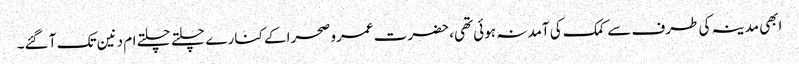
ابھی مدینہ کی طرف سے کمک کی آمد نہ ہوئی تھی، حضرت عمرو صحرا کے کنار ے چلتے چلتے ام دنین تک آ گئے۔